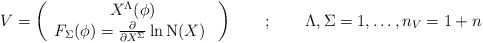
\begin{align*}V = \left( \begin{array}{c} X^\Lambda(\phi) \\ F_\Sigma(\phi)=\frac{\partial }{\partial X^\Sigma} \ln \mathrm{N}(X) \ \end{array}\right) \quad \quad ; \quad \quad \Lambda,\Sigma=1,\dots,n_V = 1+n\end{align*}